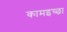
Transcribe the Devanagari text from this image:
कामइच्‍छा